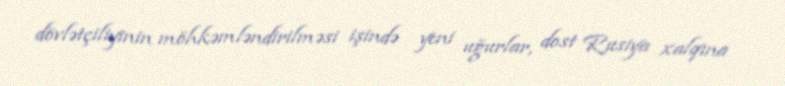
dövlətçiliyinin möhkəmləndirilməsi işində yeni uğurlar, dost Rusiya xalqına